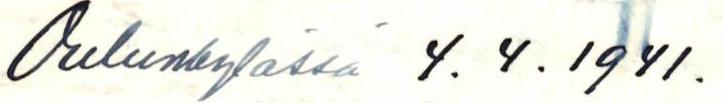
Oulunkylässä 4. 4. 1941.